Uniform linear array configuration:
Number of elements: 64
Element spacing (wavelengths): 0.25
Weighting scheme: hann
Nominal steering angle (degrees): -60
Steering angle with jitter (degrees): -59.165
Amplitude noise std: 0.05
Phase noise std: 0.05

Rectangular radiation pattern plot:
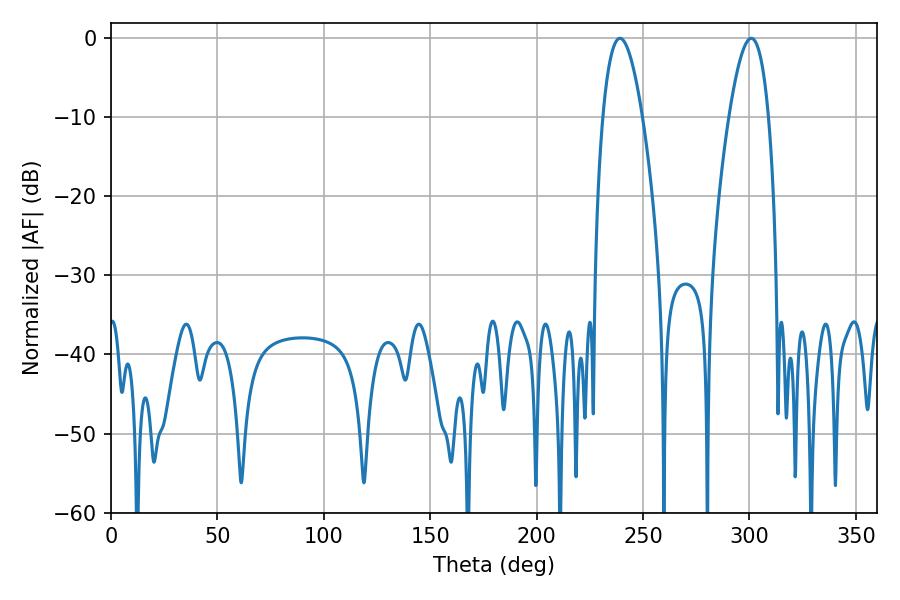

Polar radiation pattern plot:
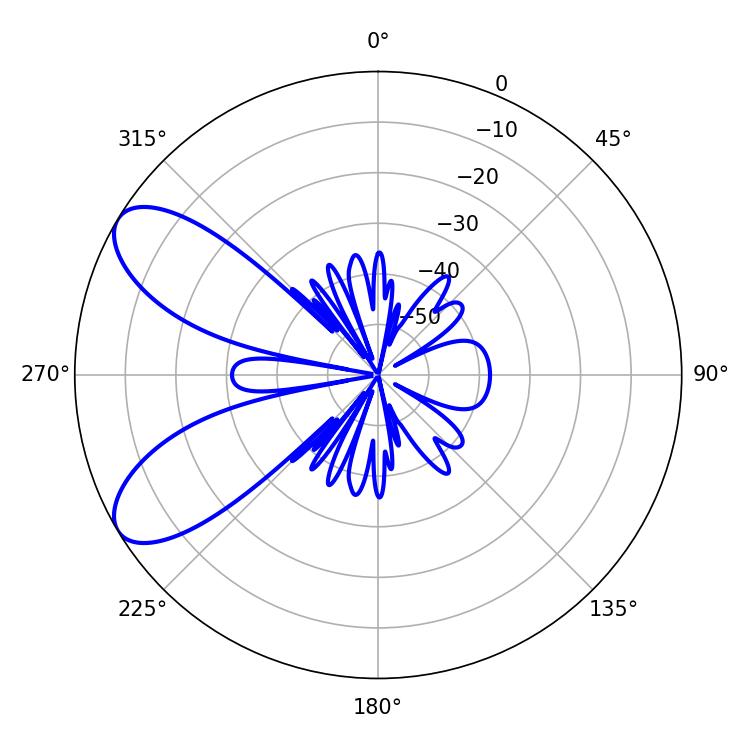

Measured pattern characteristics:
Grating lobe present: FALSE
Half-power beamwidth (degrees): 10.26
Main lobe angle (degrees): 300.78